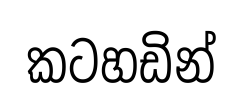
කටහඩින්